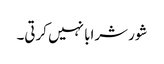
شور شرابا نہیں کرتی۔